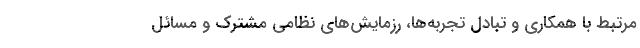
مرتبط با همکاری و تبادل تجربه‌ها، رزمایش‌های نظامی مشترک و مسائل